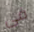
فى